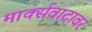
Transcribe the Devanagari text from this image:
मार्क्सवादावर